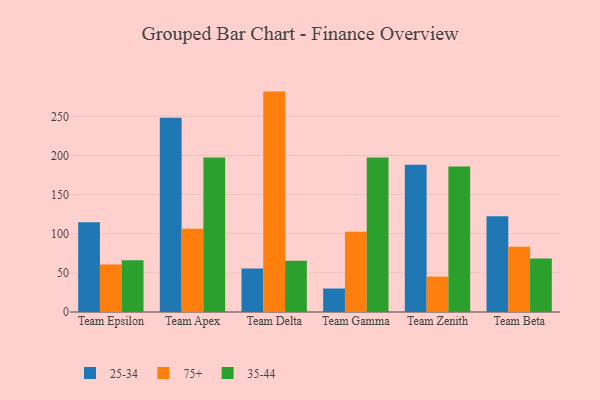
{"axis": {"x": "Team", "y": "Demand Index"}, "legend": ["25-34", "35-44", "75+"], "data": [{"x": "Team Epsilon", "y": 114.8, "type": "25-34"}, {"x": "Team Epsilon", "y": 60.6, "type": "75+"}, {"x": "Team Epsilon", "y": 66.2, "type": "35-44"}, {"x": "Team Apex", "y": 248.1, "type": "25-34"}, {"x": "Team Apex", "y": 106.4, "type": "75+"}, {"x": "Team Apex", "y": 197.4, "type": "35-44"}, {"x": "Team Delta", "y": 55.5, "type": "25-34"}, {"x": "Team Delta", "y": 281.6, "type": "75+"}, {"x": "Team Delta", "y": 65.4, "type": "35-44"}, {"x": "Team Gamma", "y": 30.0, "type": "25-34"}, {"x": "Team Gamma", "y": 102.6, "type": "75+"}, {"x": "Team Gamma", "y": 197.4, "type": "35-44"}, {"x": "Team Zenith", "y": 188.0, "type": "25-34"}, {"x": "Team Zenith", "y": 45.2, "type": "75+"}, {"x": "Team Zenith", "y": 185.8, "type": "35-44"}, {"x": "Team Beta", "y": 122.4, "type": "25-34"}, {"x": "Team Beta", "y": 83.4, "type": "75+"}, {"x": "Team Beta", "y": 68.4, "type": "35-44"}]}